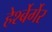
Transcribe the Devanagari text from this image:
हेर्श्बेर्गेर